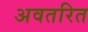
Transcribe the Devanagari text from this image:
अवतरित